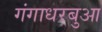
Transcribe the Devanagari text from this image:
गंगाधरबुआ